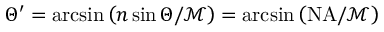
\Theta ^ { \prime } = \arcsin \left( n \sin \Theta / \mathcal { M } \right) = \arcsin \left( \mathrm { N A } / \mathcal { M } \right)